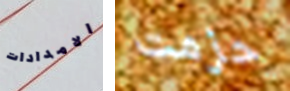
الامدادات حزمت